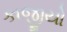
કાજીયો